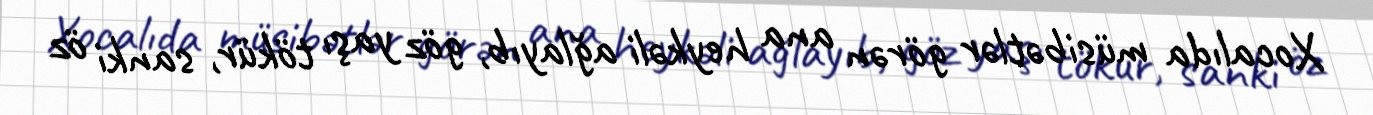
Xocalıda müsibətlər görən ana heykəli ağlayıb, göz yaşı tökür, sanki öz